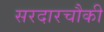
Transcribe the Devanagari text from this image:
सरदारचौकी